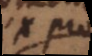
ex prop.